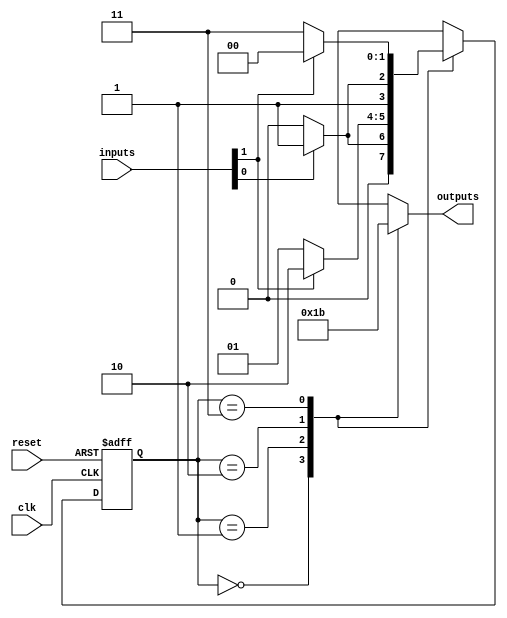
module parameterized_state_machine #(
    parameter NUM_STATES = 4,      // Total number of states
    parameter NUM_INPUTS = 2,      // Number of input signals
    parameter NUM_OUTPUTS = 2       // Number of output signals
)(
    input wire clk,                 // Clock signal
    input wire reset,               // Asynchronous reset signal
    input wire [NUM_INPUTS-1:0] inputs, // Input signals
    output reg [NUM_OUTPUTS-1:0] outputs // Output signals
);

    // State encoding
    localparam STATE_0 = 2'b00;
    localparam STATE_1 = 2'b01;
    localparam STATE_2 = 2'b10;
    localparam STATE_3 = 2'b11;

    reg [1:0] current_state, next_state;

    // State transition logic
    always @(*) begin
        case (current_state)
            STATE_0: begin
                if (inputs[0]) next_state = STATE_1;
                else next_state = STATE_0;
            end
            STATE_1: begin
                if (inputs[1]) next_state = STATE_2;
                else next_state = STATE_1;
            end
            STATE_2: begin
                if (inputs[0]) next_state = STATE_3;
                else next_state = STATE_2;
            end
            STATE_3: begin
                if (inputs[1]) next_state = STATE_0;
                else next_state = STATE_3;
            end
            default: next_state = STATE_0; // Default state
        endcase
    end

    // State update on clock edge
    always @(posedge clk or posedge reset) begin
        if (reset) begin
            current_state <= STATE_0; // Reset to initial state
        end else begin
            current_state <= next_state; // Update current state
        end
    end

    // Output logic based on current state
    always @(*) begin
        case (current_state)
            STATE_0: outputs = 2'b00; // Outputs for STATE_0
            STATE_1: outputs = 2'b01; // Outputs for STATE_1
            STATE_2: outputs = 2'b10; // Outputs for STATE_2
            STATE_3: outputs = 2'b11; // Outputs for STATE_3
            default: outputs = 2'b00;  // Default outputs
        endcase
    end

endmodule